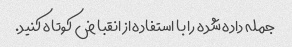
جمله داده شده را با استفاده از انقباض کوتاه کنید.